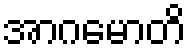
အာဂမောတိ